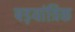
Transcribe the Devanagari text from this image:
षड़यांत्रिक